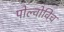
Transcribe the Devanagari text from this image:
पोल्वोविच